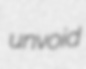
unvoid